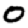
Digit: 0